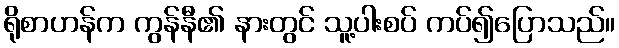
ရိုစာဟန်က ကွန်နီ၏ နားတွင် သူ့ပါးစပ် ကပ်၍ပြောသည်။